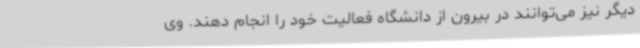
دیگر نیز می‌توانند در بیرون از دانشگاه فعالیت خود را انجام دهند. وی